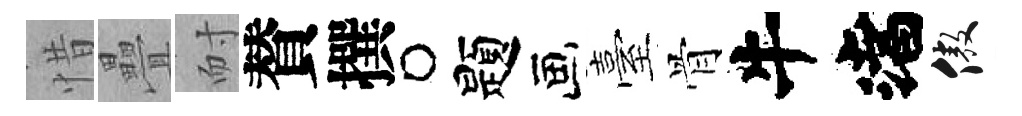
惜疊耐賛撰题臺骨渚傲